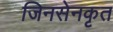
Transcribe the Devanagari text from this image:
जिनसेनकृत